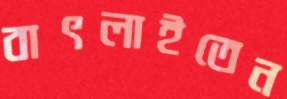
বাৎলাইতেন